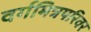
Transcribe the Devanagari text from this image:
वर्गमित्रपरिवर